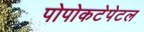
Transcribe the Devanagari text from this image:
पोपोकटेपेटल